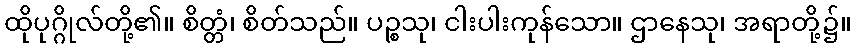
ထိုပုဂ္ဂိုလ်တို့၏။ စိတ္တံ၊ စိတ်သည်။ ပဉ္စသု၊ ငါးပါးကုန်သော။ ဌာနေသု၊ အရာတို့၌။